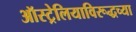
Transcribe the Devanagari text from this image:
ऑस्ट्रेलियाविरूद्धच्या